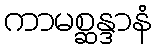
ကာမစ္ဆန္ဒာနံ